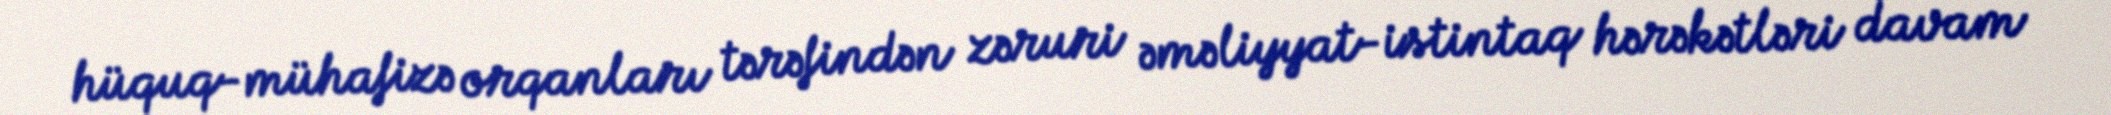
hüquq-mühafizə orqanları tərəfindən zəruri əməliyyat-istintaq hərəkətləri davam